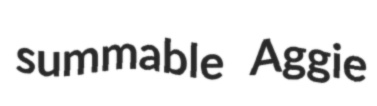
summable Aggie